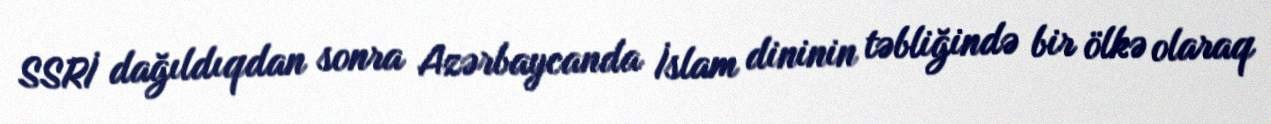
SSRİ dağıldıqdan sonra Azərbaycanda İslam dininin təbliğində bir ölkə olaraq